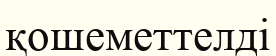
қошеметтелді